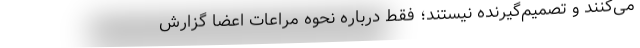
می‌کنند و تصمیم‌گیرنده نیستند؛ فقط درباره نحوه مراعات اعضا گزارش